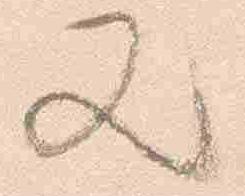
又